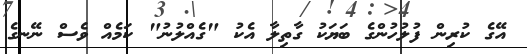
އޭގެ ކުރިން ފުލުހުންގެ ބަޔަކު ގާތިލާ އެކު "ގެއްލުނު" ކަމެއް ވެސް ނޭނގެ